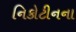
નિકોટીનના